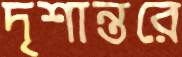
দৃশান্তরে